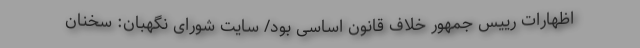
اظهارات رییس جمهور خلاف قانون اساسی بود/ سایت شورای نگهبان: سخنان